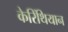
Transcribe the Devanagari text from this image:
केरिंथियान